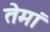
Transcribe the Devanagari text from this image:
तेमां